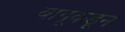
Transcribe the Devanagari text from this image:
बापूंकडून